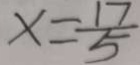
x = \frac { 1 7 } { 5 }